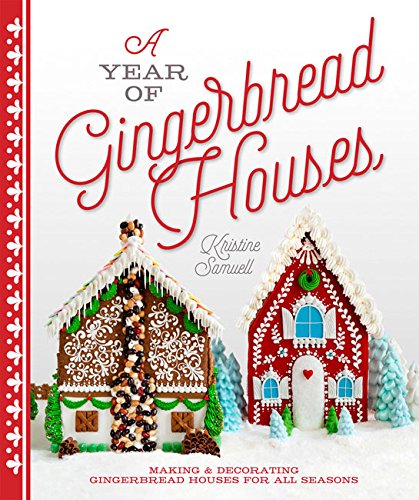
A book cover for A Year of Gingerbread Houses: Making & Decorating Gingerbread Houses for All Seasons; Kristine Samuell; Cookbooks, Food & Wine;